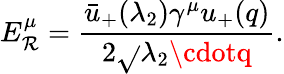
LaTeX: E_{\mathcal{R}}^{\mu}={\frac{{\bar{{u}}_{+}(\lambda_{2})\gamma^{\mu}u_{+}(q)}}{{2\sqrt{}{{\lambda_{2}\cdotq}}}}}.